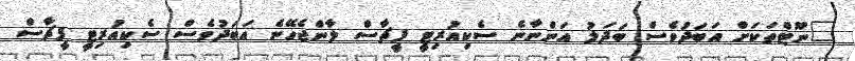
"ނޫޓްތަކަށް އަބަދުވެސް ބަދަލު އަންނާނެ ސެކިއުރިޓީ ފީޗާސް ލާންޖެހޭނެ އަބަދުވެސް ސެކިއުރިޓީ ފީޗާސް